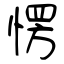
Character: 愣